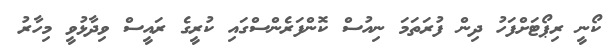
ކޯނީ ރިޕޯޓަށްފަހު ދިން ފުރަތަމަ ނިއުސް ކޮންފަރެންސްގައި ކުރީގެ ރައީސް ވިދާޅުވީ މިހާރު